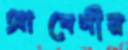
আবেগীয়